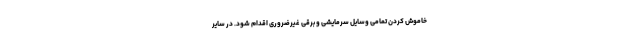
خاموش کردن تمامی وسایل سرمایشی و برقی غیرضروری اقدام شود. در سایر